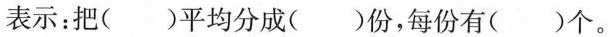
表示：把( )平均分成( )份，每份有( )个。